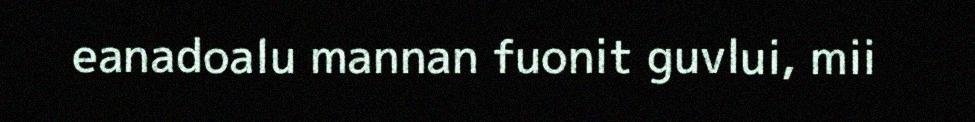
eanadoalu mannan fuonit guvlui, mii